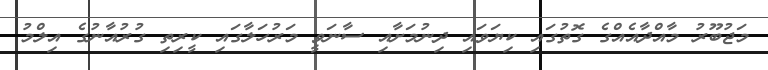
މަޖުބޫރު މާއްދާއެއްގެ ގޮތުގައި ކިޔަވައި ދިނުމަށާއި ސާނަވީ މަރުހަލާގައި ކީރިތި ގުރުއާނުގެ އިލްމު